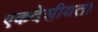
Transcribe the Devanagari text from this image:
एकदेशीयता